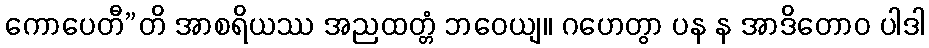
ကောပေတီ”တိ အာစရိယဿ အညထတ္တံ ဘဝေယျ။ ဂဟေတွာ ပန န အာဒိတောဝ ပါဒါ